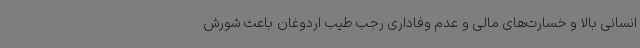
انسانی بالا و خسارت‌های مالی و عدم وفاداری رجب طیب اردوغان باعث شورش